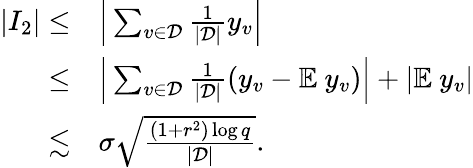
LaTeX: \begin{array}{rl}{|I_{2}|\le}&{\Big|\sum_{v\in\mathcal{D}}\frac{1}{|\mathcal{D}|}y_{v}\Big|}\\ {\le}&{\Big|\sum_{v\in\mathcal{D}}\frac{1}{|\mathcal{D}|}(y_{v}-\mathbb{E}~y_{v})\Big|+|\mathbb{E}~y_{v}|}\\ {\lesssim}&{\sigma\sqrt{\frac{(1+r^{2})\log q}{|\mathcal{D}|}}.}\end{array}